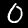
Label: 0